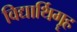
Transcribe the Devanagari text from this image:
विद्यार्थिगॄह